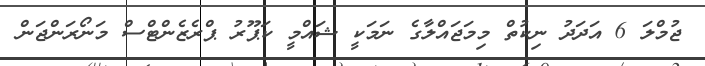
ޖުމްލަ 6 އަދަދު ނިކުތް މިމަޖައްލާގެ ނަމަކީ ޝައްމީ ކަޕޫރު ޕްރެޒެންޓްސް މަނޯރަންޖަން